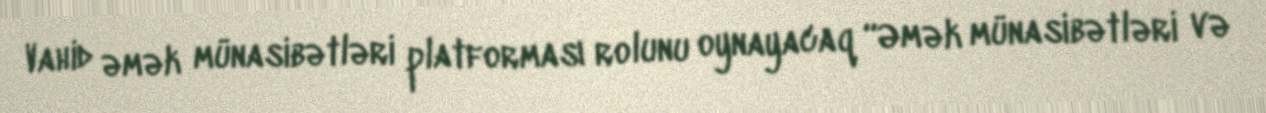
Vahid əmək münasibətləri platforması rolunu oynayacaq “Əmək münasibətləri və